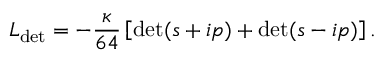
{ \cal L } _ { \mathrm { d e t } } = - \frac { \kappa } { 6 4 } \left[ \mathrm { d e t } ( s + i p ) + \mathrm { d e t } ( s - i p ) \right] .